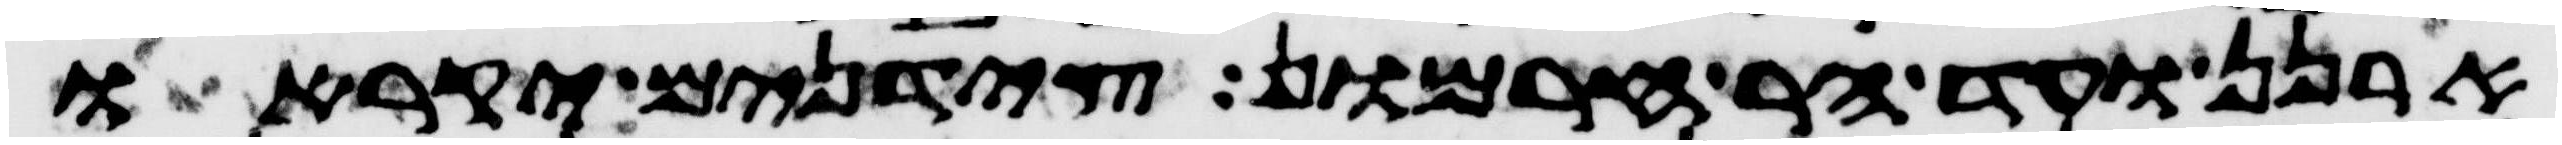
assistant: ארנן ועד הר חרמון צידנים יקראו